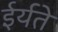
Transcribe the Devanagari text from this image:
ईर्यते